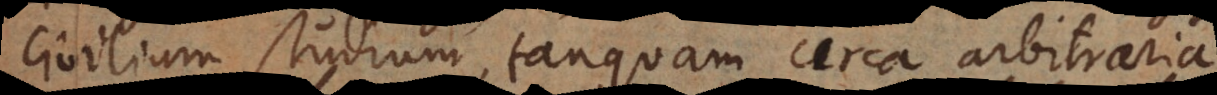
civilium studium, tanquam circa arbitraria